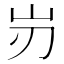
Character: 岃